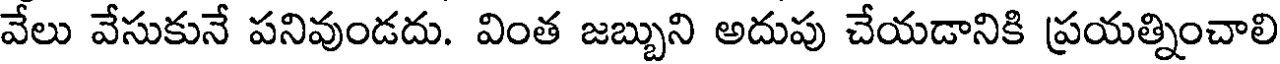
వేలు వేసుకునే పనివుండదు. వింత జబ్బుని అదుపు చేయడానికి ప్రయత్నించాలి